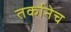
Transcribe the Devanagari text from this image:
तर्कानेच